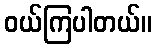
ဝယ်ကြပါတယ်။